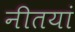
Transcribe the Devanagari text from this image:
नीतयां